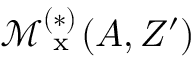
\mathcal { M } _ { \textrm { x } } ^ { ( * ) } ( A , Z ^ { \prime } )